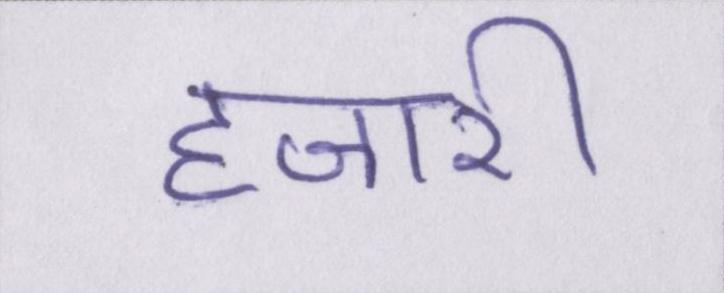
हजारी